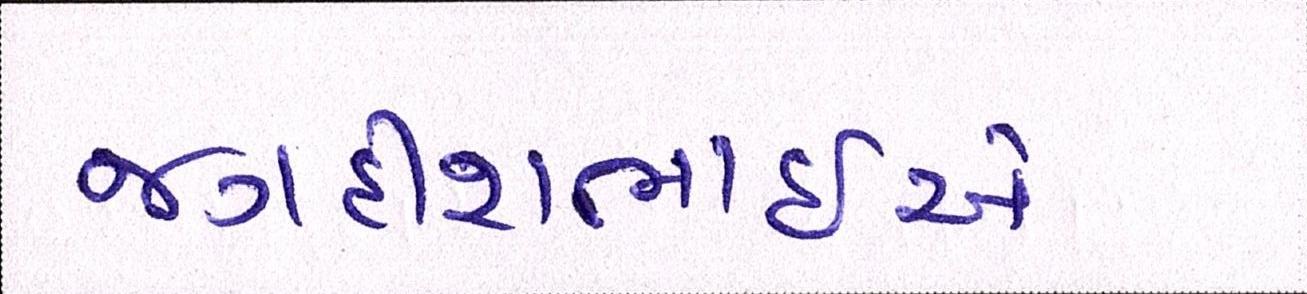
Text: જગદીશભાઇએ